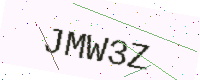
Text: JMW3Z